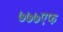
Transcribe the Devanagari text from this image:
७७७एफ